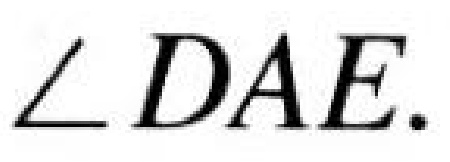
$\angle DAE.$